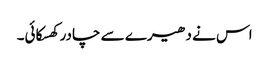
اس نے دھیرے سے چادر کھسکائی۔